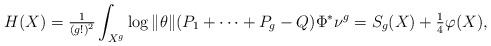
LaTeX: \begin{align*}H(X)&=\tfrac{1}{(g!)^{2}}\int_{X^{g}}\log\|\theta\|(P_{1}+\dots+P_{g}-Q)\Phi^{*}\nu^{g}=S_{g}(X)+\tfrac{1}{4}\varphi(X),\end{align*}